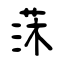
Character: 莯